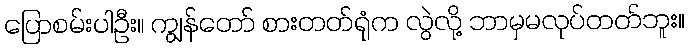
ပြောစမ်းပါဦး။ ကျွန်တော် စားတတ်ရုံက လွဲလို့ ဘာမှမလုပ်တတ်ဘူး။